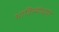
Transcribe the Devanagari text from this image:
भाविस्योधारी